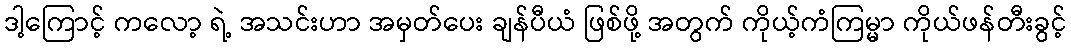
ဒါ့ကြောင့် ကလော့ ရဲ့ အသင်းဟာ အမှတ်ပေး ချန်ပီယံ ဖြစ်ဖို့ အတွက် ကိုယ့်ကံကြမ္မာ ကိုယ်ဖန်တီးခွင့်